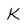
Character: K